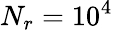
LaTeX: N_{r}=10^{4}